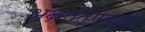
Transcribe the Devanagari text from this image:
अक्षतंतूऐवजी